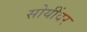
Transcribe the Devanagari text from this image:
सोयींवर